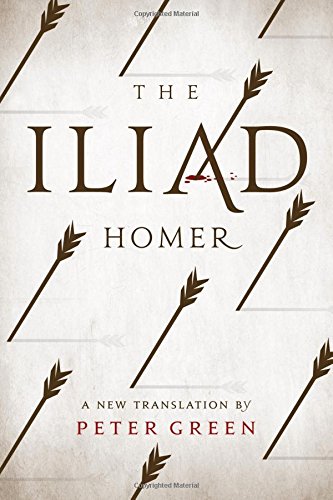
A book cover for The Iliad: A New Translation by Peter Green; Homer; Literature & Fiction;